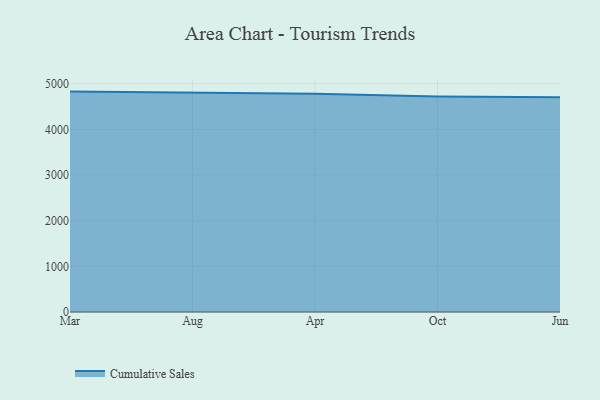
{"axis": {"x": "Month", "y": "LTV (USD)"}, "legend": ["Cumulative Sales"], "data": [{"x": "Mar", "y": 4827.0, "type": "Cumulative Sales"}, {"x": "Aug", "y": 4804.1, "type": "Cumulative Sales"}, {"x": "Apr", "y": 4779.6, "type": "Cumulative Sales"}, {"x": "Oct", "y": 4722.4, "type": "Cumulative Sales"}, {"x": "Jun", "y": 4705.0, "type": "Cumulative Sales"}]}